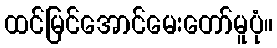
ထင်မြင်အောင်မေးတော်မူပုံ။